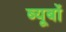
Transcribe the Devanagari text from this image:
ब्यूबों